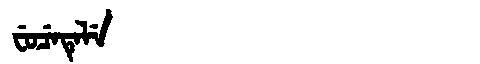
Manchu: ᠸᡠᠴᡝᡨᡝᠯᡝ
Romanization: FUCETELE